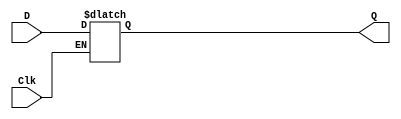
module GatedDlatch(D,Clk,Q);
input D, Clk;
output reg Q;

always@(D,Clk)
	if(Clk)
		Q=D;
endmodule

//
//wire D_1,D_2,Qa,Qb;
//
////S
//nand(D_a,D,Clk);
//
////R
//nand(D_b,~D, Clk);
//
////S_Qb
//nand(Qa,Qb,D_a );
//
////R_Qa
//nand(Qb,Qa,D_b);
//
////result
//assign Q = Qa;